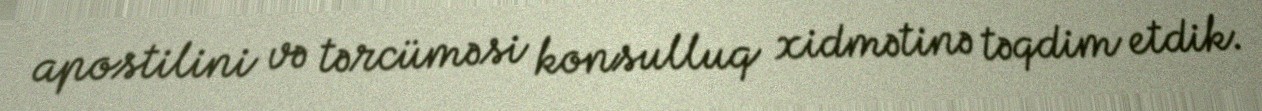
apostilini və tərcüməsi konsulluq xidmətinə təqdim etdik.